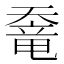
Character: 𡙶